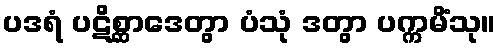
ပဒရံ ပဋိစ္ဆာဒေတွာ ပံသုံ ဒတွာ ပက္ကမိံသု။